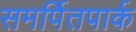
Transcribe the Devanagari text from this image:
समर्पितपार्क